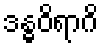
ဒန္ဓဝိရာဂိ